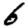
Digit: 6